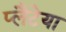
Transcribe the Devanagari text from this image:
प्लैटेया